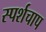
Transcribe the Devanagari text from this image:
स्पर्शचाप